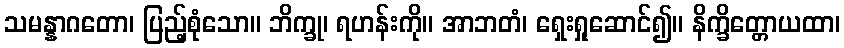
သမန္နာဂတော၊ ပြည့်စုံသော။ ဘိက္ခု၊ ရဟန်းကို။ အာဘတံ၊ ရှေးရှုဆောင်၍။ နိက္ခိတ္တောယထာ၊